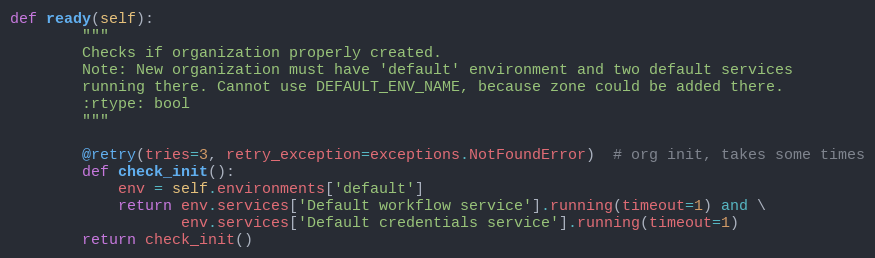
Language: Python
def ready(self):
        """
        Checks if organization properly created.
        Note: New organization must have 'default' environment and two default services
        running there. Cannot use DEFAULT_ENV_NAME, because zone could be added there.
        :rtype: bool
        """

        @retry(tries=3, retry_exception=exceptions.NotFoundError)  # org init, takes some times
        def check_init():
            env = self.environments['default']
            return env.services['Default workflow service'].running(timeout=1) and \
                   env.services['Default credentials service'].running(timeout=1)
        return check_init()